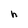
Character: h